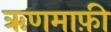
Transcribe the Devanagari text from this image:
ऋणमाफ़ी